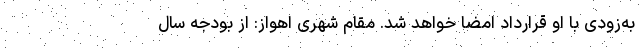
به‌زودی با او قرارداد امضا خواهد شد. مقام شهری اهواز: از بودجه سال